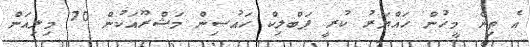
އެ ތިން މީހުން ހައްޔަރު ކުރީ ޕަބްލިކް ހައުސިން މަޝްރޫއަކުން 70 މިލިއަން